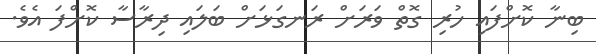
ބިނާ ކޮށްފައި ހުރި ގޮތް ވަރަށް ރަނގަޅަށް ބަލައި ދިރާސާ ކޮށްފަ އެވެ.